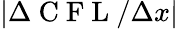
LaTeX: \lvert\Delta\mathrm{~C~F~L~}/\Delta x\rvert